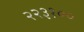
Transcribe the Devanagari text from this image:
२२३१००